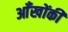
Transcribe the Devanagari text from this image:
आँखोंकी